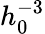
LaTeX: h_{0}^{-3}